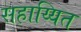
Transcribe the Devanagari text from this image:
सहाय्यित